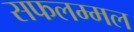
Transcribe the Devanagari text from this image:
सफलम्मल